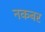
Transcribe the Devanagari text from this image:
नकबर